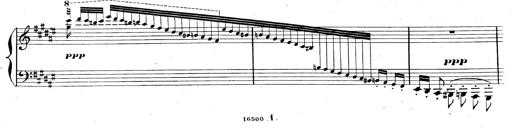
Title: AnnÃ©es de pÃ¨lerinage II, SupplÃ©ment
Composer: Franz Liszt